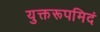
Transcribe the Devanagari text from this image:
युक्तरूपमिदं